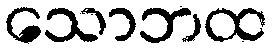
သောဘထ